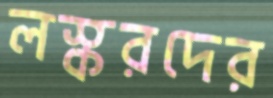
লস্করদের